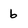
Character: b